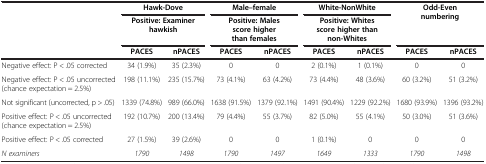
|  | <COLSPAN=2> Hawk-Dove | <COLSPAN=2> Male–female | <COLSPAN=2> White-NonWhite | <COLSPAN=2> Odd-Even numbering |
 |  | <COLSPAN=2> Positive: Examiner hawkish | <COLSPAN=2> Positive: Males score higher than females | <COLSPAN=2> Positive: Whites score higher than non-Whites |  |  |
 |  | PACES | nPACES | PACES | nPACES | PACES | nPACES | PACES | nPACES |
 | --- | --- | --- | --- | --- | --- | --- | --- | --- |
 | Negative effect: P < .05 corrected | 34 (1.9%) | 35 (2.3%) | 0 | 0 | 2 (0.1%) | 1 (0.1%) | 0 | 0 |
 | Negative effect: P < .05 uncorrected (chance expectation = 2.5%) | 198 (11.1%) | 235 (15.7%) | 73 (4.1%) | 63 (4.2%) | 73 (4.4%) | 48 (3.6%) | 60 (3.2%) | 51 (3.2%) |
 | Not significant (uncorrected, p > .05) | 1339 (74.8%) | 989 (66.0%) | 1638 (91.5%) | 1379 (92.1%) | 1491 (90.4%) | 1229 (92.2%) | 1680 (93.9%) | 1396 (93.2%) |
 | Positive effect: P < .05 uncorrected (chance expectation = 2.5%) | 192 (10.7%) | 200 (13.4%) | 79 (4.4%) | 55 (3.7%) | 82 (5.0%) | 55 (4.1%) | 50 (3.0%) | 51 (3.6%) |
 | Positive effect: P < .05 corrected | 27 (1.5%) | 39 (2.6%) | 0 | 0 | 1 (0.1%) | 0 | 0 | 0 |
 | N examiners | 1790 | 1498 | 1790 | 1497 | 1649 | 1333 | 1790 | 1498 |